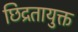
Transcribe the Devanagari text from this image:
छिद्रतायुक्त